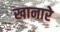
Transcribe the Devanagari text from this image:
खानारे